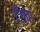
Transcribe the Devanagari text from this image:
टँगवा